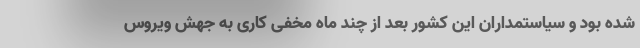
شده بود و سیاستمداران این کشور بعد از چند ماه مخفی کاری به جهش ویروس